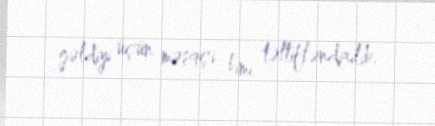
gəldiyi üçün məşqçi kimi təltifləndirilib.